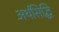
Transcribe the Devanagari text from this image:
अर्थसिद्धि